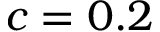
c = 0 . 2